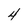
Character: 4